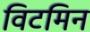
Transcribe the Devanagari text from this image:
विटमिन